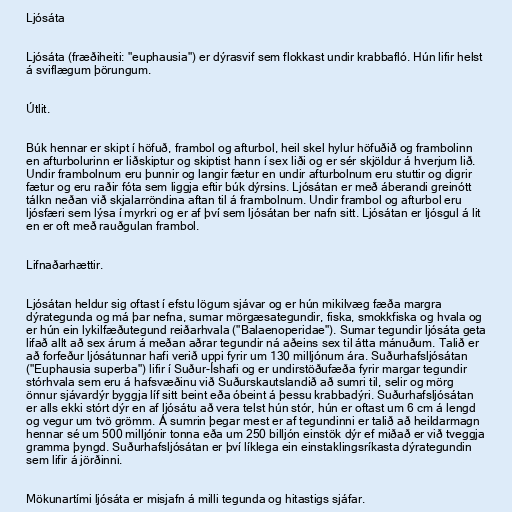
Ljósáta

Ljósáta (fræðiheiti: "euphausia") er dýrasvif sem flokkast undir krabbafló. Hún lifir helst
á sviflægum þörungum.

Útlit.

Búk hennar er skipt í höfuð, frambol og afturbol, heil skel hylur höfuðið og frambolinn
en afturbolurinn er liðskiptur og skiptist hann í sex liði og er sér skjöldur á hverjum lið.
Undir frambolnum eru þunnir og langir fætur en undir afturbolnum eru stuttir og digrir
fætur og eru raðir fóta sem liggja eftir búk dýrsins. Ljósátan er með áberandi greinótt
tálkn neðan við skjalarröndina aftan til á frambolnum. Undir frambol og afturbol eru
ljósfæri sem lýsa í myrkri og er af því sem ljósátan ber nafn sitt. Ljósátan er ljósgul á lit
en er oft með rauðgulan frambol.

Lifnaðarhættir.

Ljósátan heldur sig oftast í efstu lögum sjávar og er hún mikilvæg fæða margra
dýrategunda og má þar nefna, sumar mörgæsategundir, fiska, smokkfiska og hvala og
er hún ein lykilfæðutegund reiðarhvala ("Balaenoperidae"). Sumar tegundir ljósáta geta
lifað allt að sex árum á meðan aðrar tegundir ná aðeins sex til átta mánuðum. Talið er
að forfeður ljósátunnar hafi verið uppi fyrir um 130 milljónum ára. Suðurhafsljósátan
("Euphausia superba") lifir í Suður-Íshafi og er undirstöðufæða fyrir margar tegundir
stórhvala sem eru á hafsvæðinu við Suðurskautslandið að sumri til, selir og mörg
önnur sjávardýr byggja líf sitt beint eða óbeint á þessu krabbadýri. Suðurhafsljósátan
er alls ekki stórt dýr en af ljósátu að vera telst hún stór, hún er oftast um 6 cm á lengd
og vegur um tvö grömm. Á sumrin þegar mest er af tegundinni er talið að heildarmagn
hennar sé um 500 milljónir tonna eða um 250 billjón einstök dýr ef miðað er við tveggja
gramma þyngd. Suðurhafsljósátan er því líklega ein einstaklingsríkasta dýrategundin
sem lifir á jörðinni.

Mökunartími ljósáta er misjafn á milli tegunda og hitastigs sjáfar.